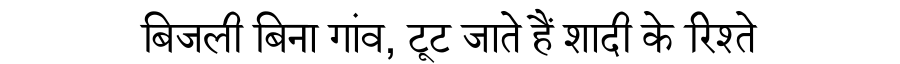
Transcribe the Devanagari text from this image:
बिजली बिना गांव, टूट जाते हैं शादी के रिश्ते